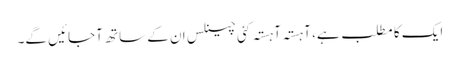
ایک کا مطلب ہے، آہستہ آہستہ کئی چینلس ان کے ساتھ آجائیں گے۔